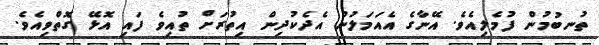
ތުނބުމުން ފުމެލިއެވެ. އޭނާގެ އެއަމަލުން އެދެކުދިން އިތުރަށް ތުއިވެ ފައި އޮޅޭ ގޮތްވިއެވެ.